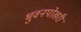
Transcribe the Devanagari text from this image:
भुवनपोखरी